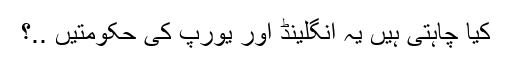
کیا چاہتی ہیں یہ انگلینڈ اور یورپ کی حکومتیں ..؟